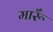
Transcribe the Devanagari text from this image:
मारूँ